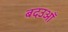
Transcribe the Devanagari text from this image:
बदउआँ